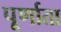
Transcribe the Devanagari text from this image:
पूर्णाता